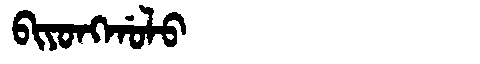
Manchu: ᠪᡳᠶᠣᠩᡤᠣᠯᠣ
Romanization: BIYONGGOLO